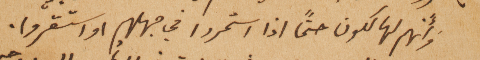
وَأَنهم لهالكون حتماً اذا استمروا في جهلهم او استقروا.